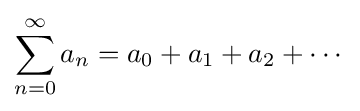
\sum _{n=0}^{\infty }a_{n}=a_{0}+a_{1}+a_{2}+\cdots